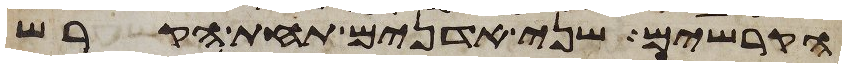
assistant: הקרשים שני אדנים תחת הקרש